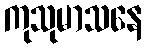
ကုသုမာသနေ